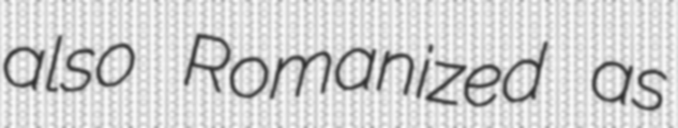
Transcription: also Romanized as